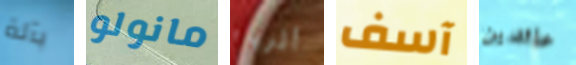
بآلة مانولو أثرياء آسف عائدين